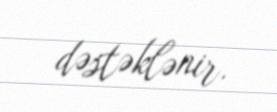
dəstəklənir.